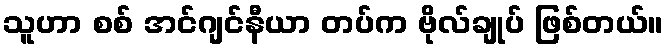
သူဟာ စစ် အင်ဂျင်နီယာ တပ်က ဗိုလ်ချုပ် ဖြစ်တယ်။